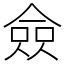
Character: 僉